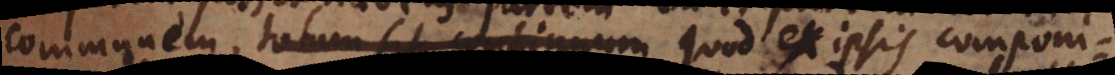
communem, totum sit continuum quod ex ipsis componitu